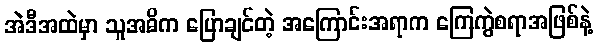
အဲဒီအထဲမှာ သူအဓိက ပြောချင်တဲ့ အကြောင်းအရာက ကြေကွဲစရာအဖြစ်နဲ့